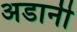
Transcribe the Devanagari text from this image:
अडानी